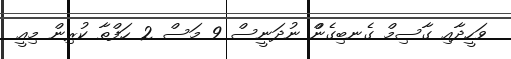
ވަހީދާއި ގާސިމް ގެނބިގެންްް ނުދަނީސް 9 މަސް 2 ހަފްތާ ކުރިން މިއީ